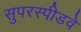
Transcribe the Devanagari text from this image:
सुपरस्पीडवे